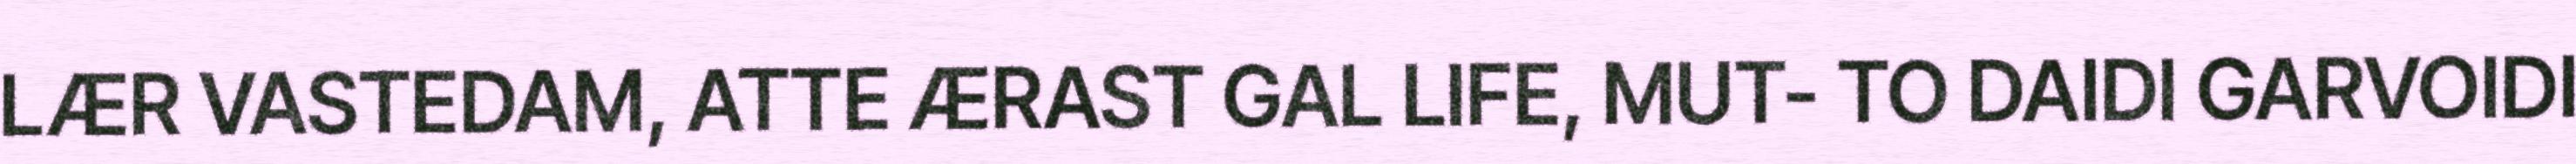
LÆR VASTEDAM, ATTE ÆRAST GAL LIFE, MUT- TO DAIDI GARVOIDI